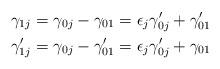
LaTeX: \begin{align*}\gamma_{1j}&=\gamma_{0j}-\gamma_{01} = \epsilon_{j} \gamma_{0j}'+\gamma_{01}' \\\gamma_{1j}'&=\gamma_{0j}-\gamma_{01}' = \epsilon_{j} \gamma_{0j}' + \gamma_{01}\end{align*}